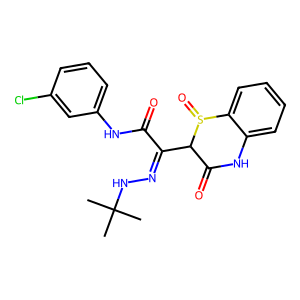
SMILES: CC(C)(C)NN=C(C(=O)Nc1cccc(Cl)c1)C1C(=O)Nc2ccccc2S1=O
Inhibits HIV replication: No